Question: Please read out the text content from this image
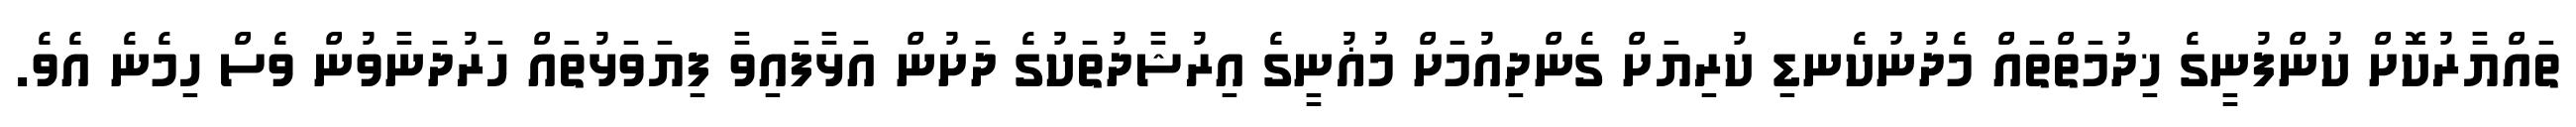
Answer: ތައްޔާރުކޮށް ކުންފުނީގެ ޚިދުމަތްތައް މެދުނުކެނޑި ކުރިޔަށް ގެންދިއުމަށް މުޣުނީގެ އިރުޝާދުތަކުގެ ދަށުން އަޅާފައިވާ ފިޔަވަޅުތައް ހަރުދަނާވުން ވެސް ހިމެނެ އެވެ.